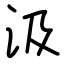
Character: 汲